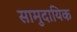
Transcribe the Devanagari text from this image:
सामुदायिक